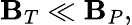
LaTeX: \mathbf{B}_{T}\ll\mathbf{B}_{P},